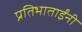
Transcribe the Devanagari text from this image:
प्रतिभाताईंनी